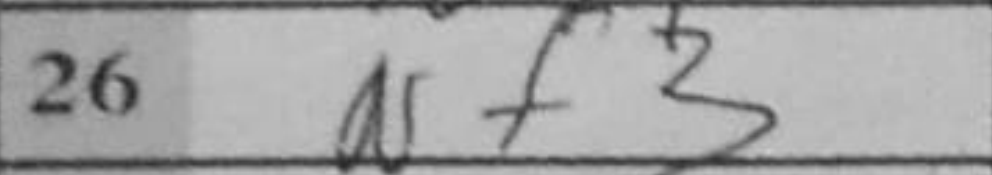
Transcription: Nf3